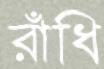
রাঁধি